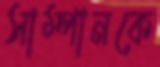
সাম্পানকে